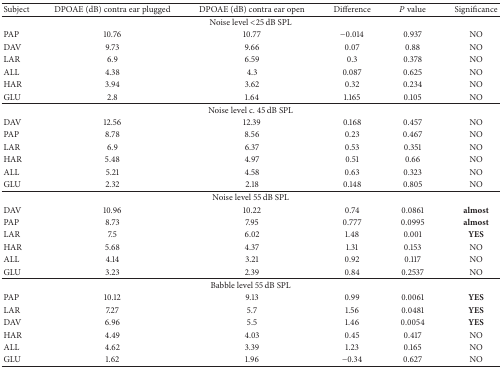
<table><thead><tr><td><b>Subject</b></td><td><b>DPOAE (dB) contra ear plugged</b></td><td><b>DPOAE (dB) contra ear open</b></td><td><b>Difference</b></td><td><b><i>P</i> value</b></td><td><b>Significance</b></td></tr></thead><tbody><tr><td colspan="6">Noise level &lt;25 dB SPL</td></tr><tr><td>PAP</td><td>10.76</td><td>10.77</td><td>−0.014</td><td>0.937</td><td>NO</td></tr><tr><td>DAV</td><td>9.73</td><td>9.66</td><td>0.07</td><td>0.88</td><td>NO</td></tr><tr><td>LAR</td><td>6.9</td><td>6.59</td><td>0.3</td><td>0.378</td><td>NO</td></tr><tr><td>ALL</td><td>4.38</td><td>4.3</td><td>0.087</td><td>0.625</td><td>NO</td></tr><tr><td>HAR</td><td>3.94</td><td>3.62</td><td>0.32</td><td>0.234</td><td>NO</td></tr><tr><td>GLU</td><td>2.8</td><td>1.64</td><td>1.165</td><td>0.105</td><td>NO</td></tr><tr><td colspan="6">Noise level c. 45 dB SPL</td></tr><tr><td>DAV</td><td>12.56</td><td>12.39</td><td>0.168</td><td>0.457</td><td>NO </td></tr><tr><td>PAP</td><td>8.78</td><td>8.56</td><td>0.23</td><td>0.467</td><td>NO</td></tr><tr><td>LAR</td><td>6.9</td><td>6.37</td><td>0.53</td><td>0.351</td><td>NO</td></tr><tr><td>HAR</td><td>5.48</td><td>4.97</td><td>0.51</td><td>0.66</td><td>NO</td></tr><tr><td>ALL</td><td>5.21</td><td>4.58</td><td>0.63</td><td>0.323</td><td>NO</td></tr><tr><td>GLU</td><td>2.32</td><td>2.18</td><td>0.148</td><td>0.805</td><td>NO</td></tr><tr><td colspan="6">Noise level 55 dB SPL</td></tr><tr><td>DAV</td><td>10.96</td><td>10.22</td><td>0.74</td><td>0.0861</td><td><b>almost </b></td></tr><tr><td>PAP</td><td>8.73</td><td>7.95</td><td>0.777</td><td>0.0995</td><td><b>almost</b></td></tr><tr><td>LAR</td><td>7.5</td><td>6.02</td><td>1.48</td><td>0.001</td><td><b>YES</b></td></tr><tr><td>HAR</td><td>5.68</td><td>4.37</td><td>1.31</td><td>0.153</td><td>NO</td></tr><tr><td>ALL</td><td>4.14</td><td>3.21</td><td>0.92</td><td>0.117</td><td>NO</td></tr><tr><td>GLU</td><td>3.23</td><td>2.39</td><td>0.84</td><td>0.2537</td><td>NO</td></tr><tr><td colspan="6">Babble level 55 dB SPL </td></tr><tr><td>PAP</td><td>10.12</td><td>9.13</td><td>0.99</td><td>0.0061</td><td><b>YES</b></td></tr><tr><td>LAR</td><td>7.27</td><td>5.7</td><td>1.56</td><td>0.0481</td><td><b>YES</b></td></tr><tr><td>DAV</td><td>6.96</td><td>5.5</td><td>1.46</td><td>0.0054</td><td><b>YES</b></td></tr><tr><td>HAR</td><td>4.49</td><td>4.03</td><td>0.45</td><td>0.417</td><td>NO</td></tr><tr><td>ALL</td><td>4.62</td><td>3.39</td><td>1.23</td><td>0.165</td><td>NO</td></tr><tr><td>GLU</td><td>1.62</td><td>1.96</td><td>−0.34</td><td>0.627</td><td>NO</td></tr></tbody></table>